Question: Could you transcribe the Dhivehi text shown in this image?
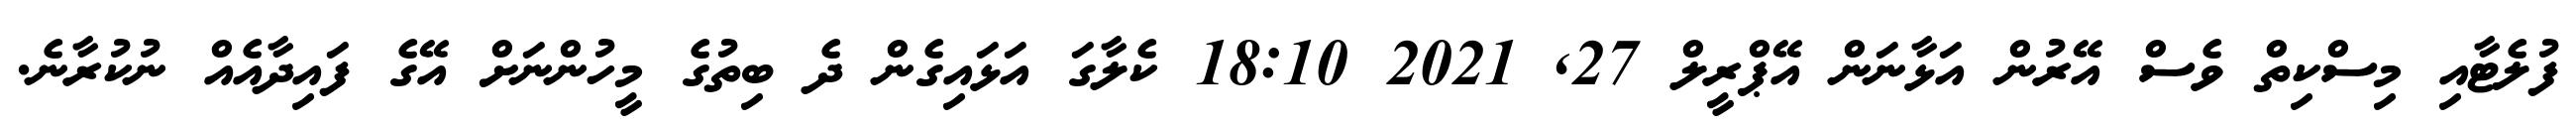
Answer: ފުލެޓާއި މިސްކިތް ވެސް އޭރުން އަޅާނަން އޭޕްރީލް 27, 2021 18:10 ކެލާގަ އަޅައިގެން ދެ ބިތުގެ މީހުންނަށް އޭގެ ފައިދާއެއް ނުކުރާނެ.